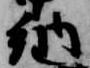
納